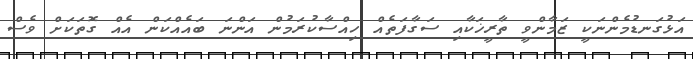
އަޅުގަނޑުމެންނަކީ ޒަމާންވީ ތާރީޚަކާއި ސަގާފަތެއް ހިއްސާކުރަމުން އަންނަ ބައެއްކަން އެއް ގޮތަކަށް ވެސް